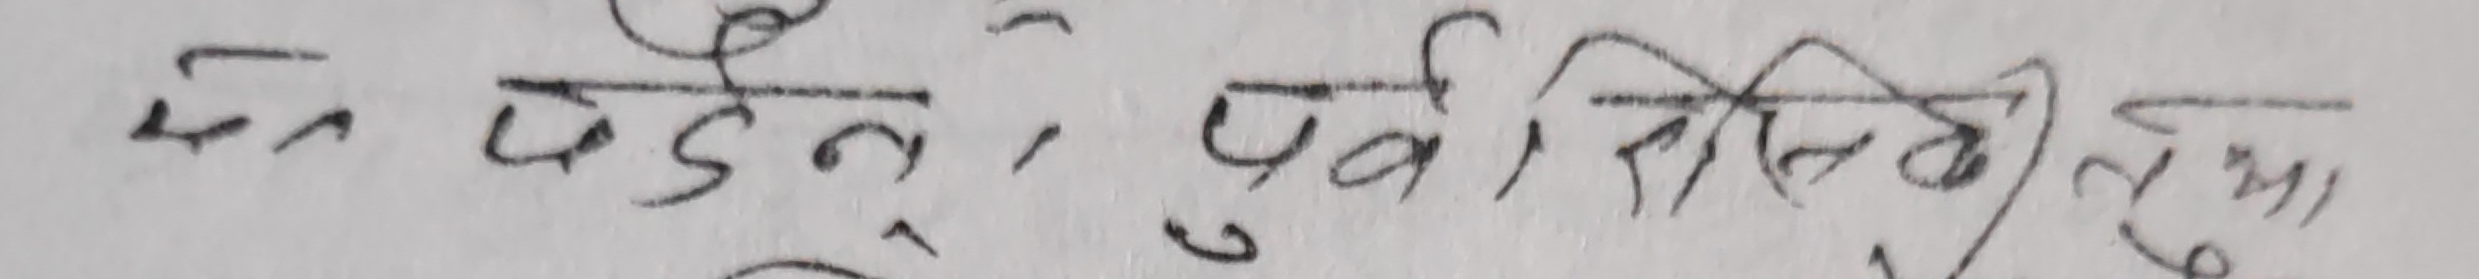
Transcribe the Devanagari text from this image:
सबै पढ्नु पूर्व जिनकी दुवा